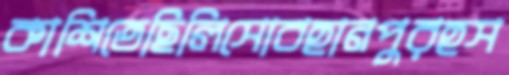
কাশিতেছিলিসোবহানপুরহস